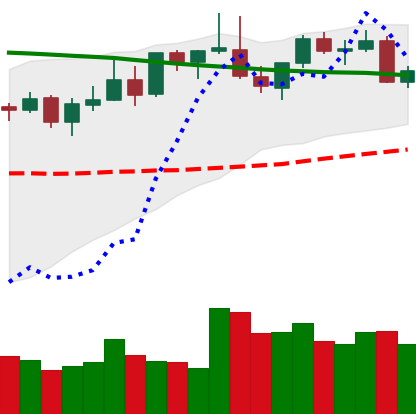
Ticker: LINK-USD
Chart end date: 2021-08-25
Forward return: -5.805%
Label: down_5_7